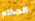
الحكام